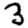
Digit: 3